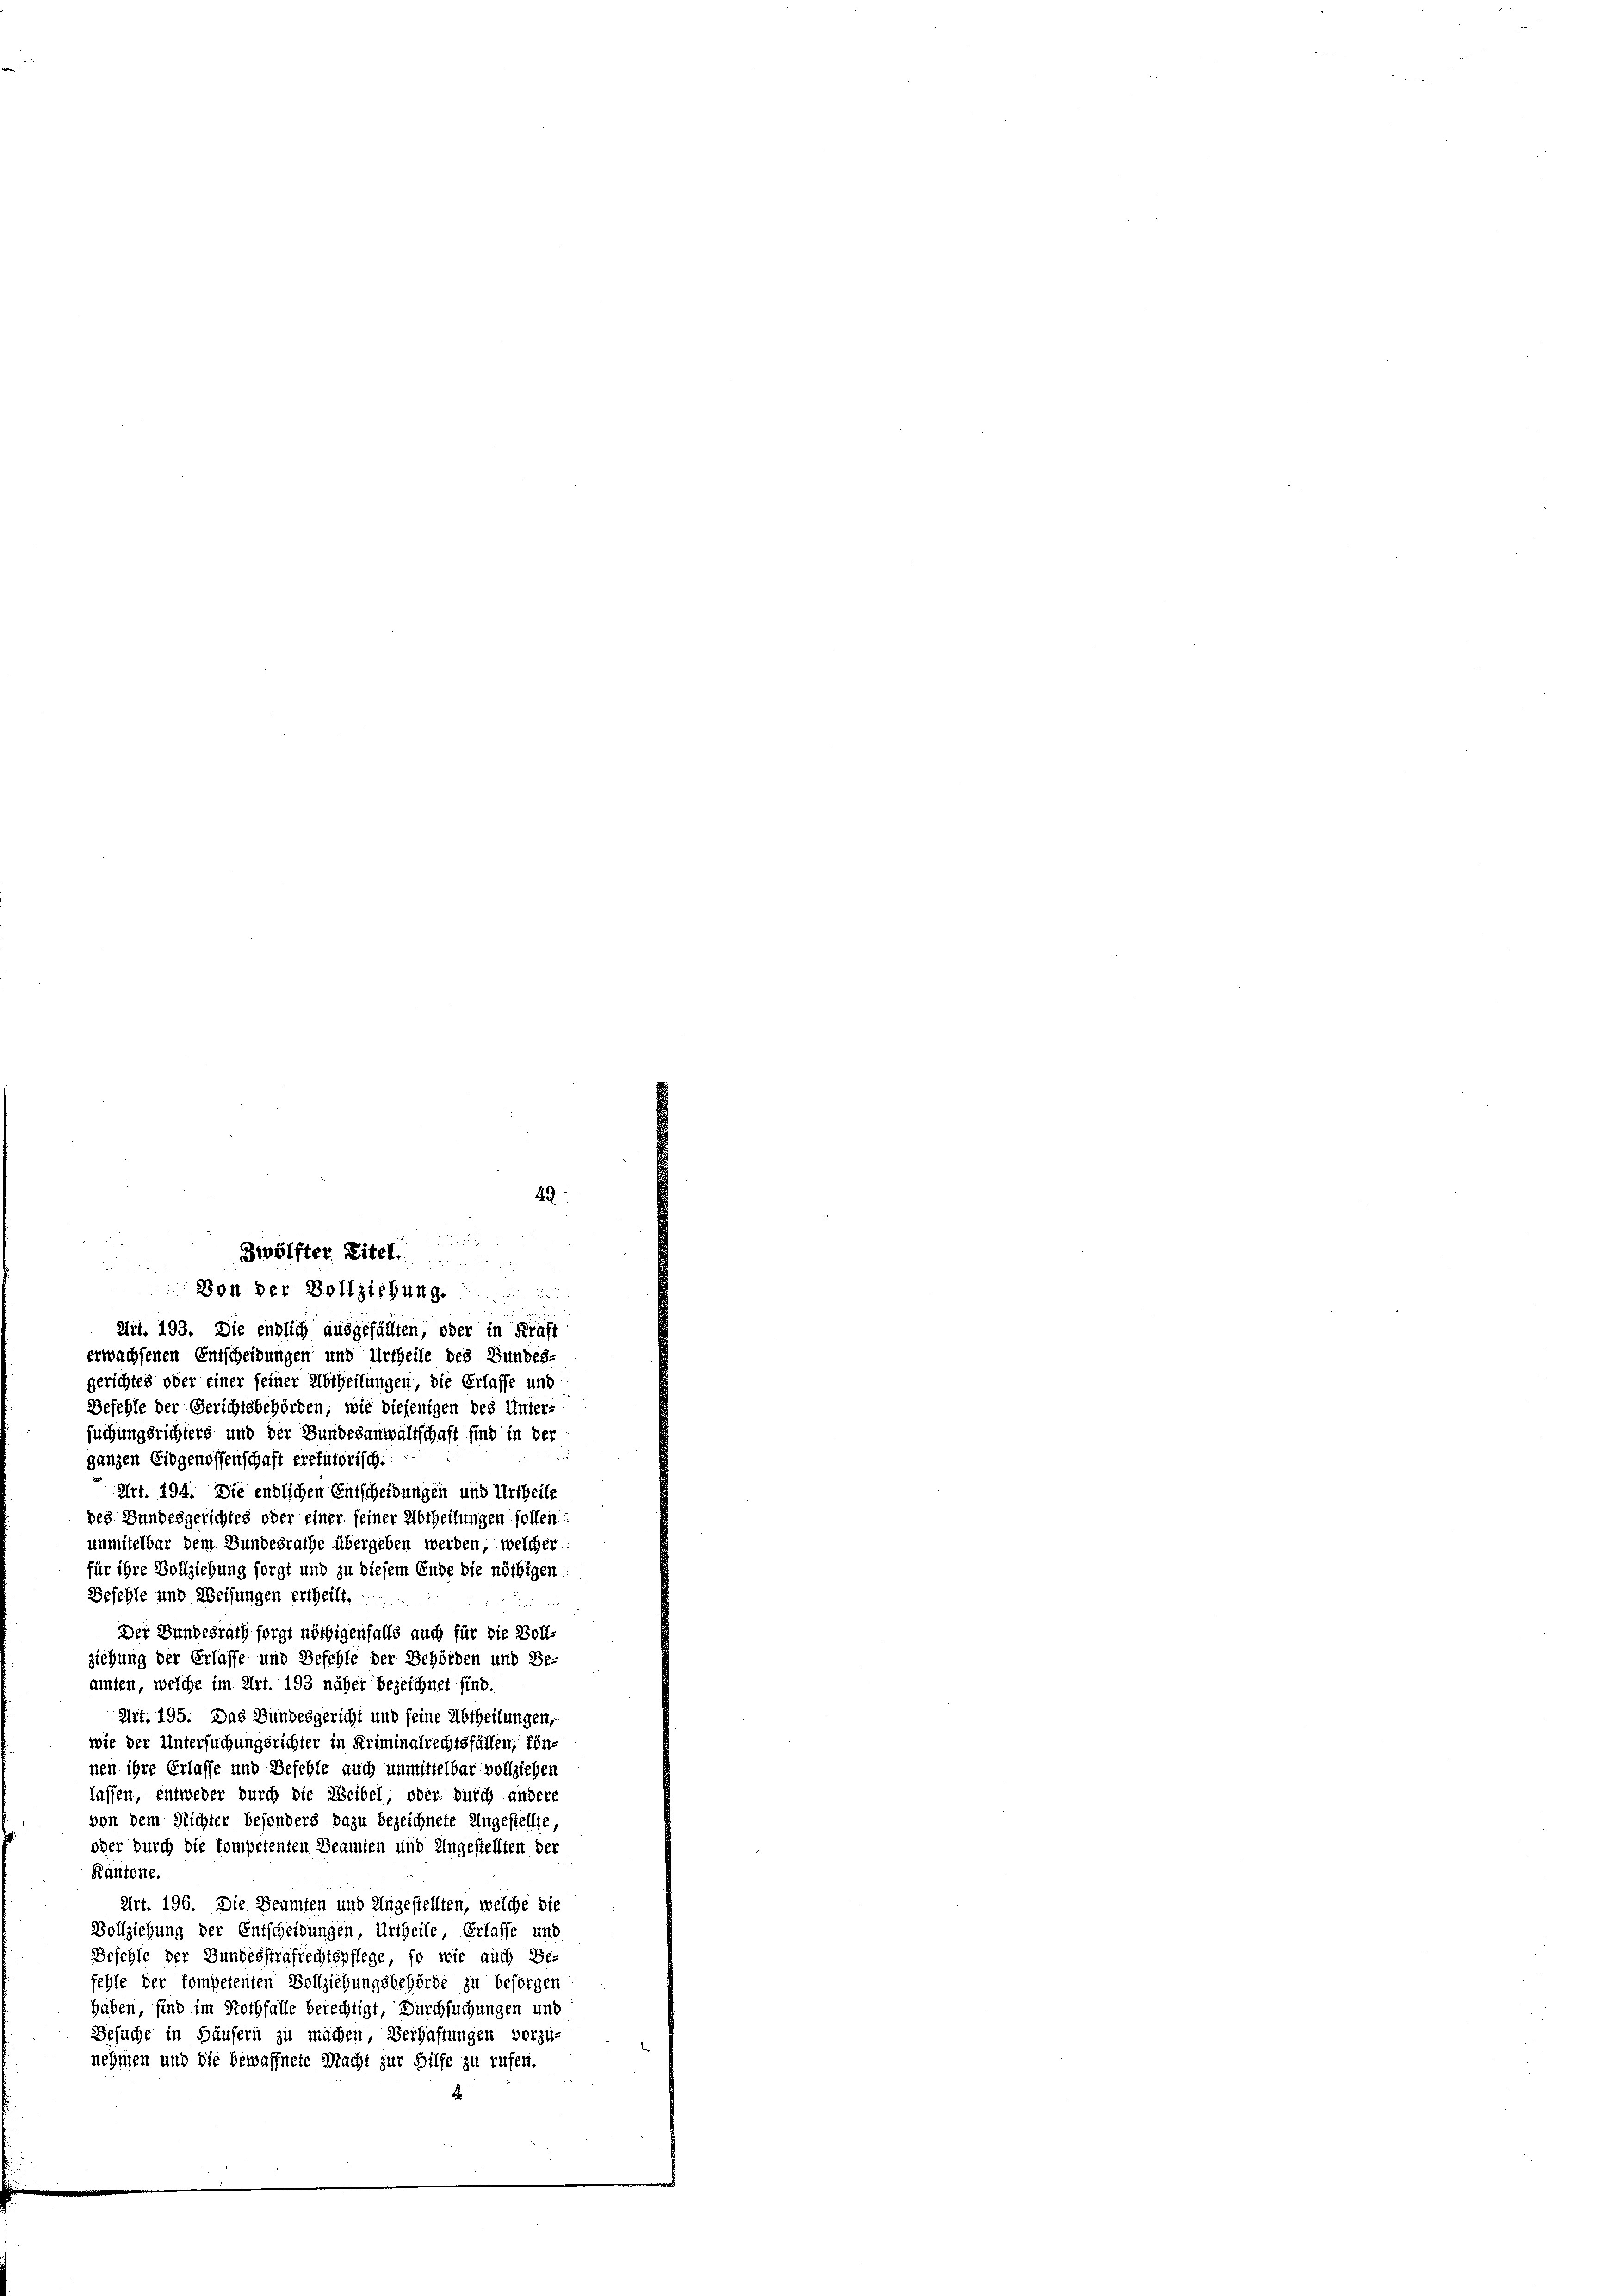
Art. 193. Die endlich ausgefällten, oder in Kräft
erwachsenen Entscheidungen und Urtheile des Bundes-
gerichtes oder einer seiner Abtheilungen, die Erlasse und
Befehle der Gerichtsbehörden, wie diejenigen des Unters
suchungsrichters und der Bundesanwaltschaft sind in der
ganzen Eidgenossenschaft erefusorische!
Art. 194. Die endlichen Entscheidungen und Urtheile
des Bundesgerichtes oder einer seiner Abtheilungen sollen:
unmitelbar dem Bundesrathe übergeben werden, welcher
für ihre Vollziehung sorgt und zu diesem Ende die nöthigen
Befehle und Weisungen ertheilt.
Der Bundesrath sorgt nöthigenfalls auch für die Woll
ziehung der Erlasse und Befehle der Behörden und Be
amten, welche im Art. 193 näher bezeichnet sind.
Art. 195. Das Bundesgericht und seine Abtheilungen,
wie der Untersuchungsrichter in Kriminalrechtsfällen, kön-
nen ihre Erlasse und Befehle auch unmittelbar vollziehen
lassen, entweder durch die Weibel oder durch anders
von dem Richter besonders dazu bezeichnete Ungestellte
oder durch die kompetenten Beamten und Ungestellten der
Kantone.
Art. 196. Die Beamten und Ungestellten, welche die
Vollziehung der Entscheidungen, Urtheile, Erlasse und
Befehle der Bundesstrafrechtspflege, so wie auch Be-
fehle der kompetenten Vollziehungsbehörde zu besorgen
haben, sind im Nothfalle berechtigt, Durchsuchungen und
Besuche in Häusern zu machen, Verhaftungen vorzu-
nehmen und die bewaffnete Macht zur Hilfe zu rufen.

49

Zwölfter Eitel
Don. der Vollziehung